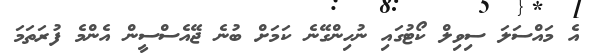
އެ މައްސަލަ ސިވިލް ކޯޓުގައި ނުހިންގޭނެ ކަމަށް ބުނެ ޖޭއެސްސީން އެންމެ ފުރަތަމަ